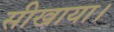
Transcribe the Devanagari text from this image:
सीखाया।